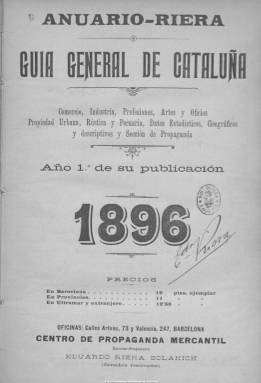
Título: Anuario-Riera : guía general de Cataluña
Otros títulos: Anuario Riera
Colección: Guías y directorios || Economía
Ámbito geográfico: Barcelona
Lugar de publicación: Barcelona
Fechas: 01/01/1896-31/12/1908

Comienza su publicación en 1896 como “guía general de Cataluña” con miles de datos del comercio, la industria, las artes y oficios, sobre la propiedad urbana, rústica y pecuaria, información estadística, geográfica y descriptiva y una amplia sección de publicidad, siendo su director Eduardo Riera Solanich, propietario también del Centro de Propaganda Mercantil. Se trata de un índice-directorio similar al Anuario…, de Bailly-Ballière, que, desde 1879, se editaba en Madrid para toda España. A partir de 1901, el del barcelonés Riera también se convertirá de ámbito nacional como “gruía práctica de industria y comercio de España, y en 1911 se fundirá con el de Bailly-Ballière para formar el Anuario general de España, que será editado por la Sociedad Anónima Anuarios Bailly-Baillière y Riera Reunidos, con sede en Barcelona, y estará publicándose hasta 1978.

Los primeros anuarios de Riera, pues, están dedicados solamente a Cataluña, ofreciendo la información de forma alfabética, por provincias, partidos judiciales, poblaciones y apellidos y nombres de personas, sociedades, comercios, industrias, entidades privadas y públicas, actividad profesional, oficios, etc., con indicación de domicilio, en volúmenes en torno a las 1.300 páginas, y con índices de anunciantes, geográfico y general, al final. También incorpora, al principio, una explicación de los signos y abreviaturas utilizados.

A partir de 1901 comprenderá todas las capitales de provincia españolas, las cabezas de partido judicial y sus pueblos más importantes, con más de medio millón de señas. Y junto a los datos que venía ofreciendo, aumentará las descripciones históricas, y dará cuenta de otros, como los censos de población, ferrocarriles, carreteras y servicios de carruajes, correos y telégrafos, aguas medicinas o balnearios, y añadirá una sección extranjera; más adelante ofrece también los aranceles de aduanas. Su volumen aumentará hasta superar las 2.500 páginas, de variados colores y tonalidades para hacerlo manejable.

Este tipo de anuarios, almanaques o guías suponen una foto fija de la actividad económica, profesional, artesanal, sectorial, administrativa, institucional y cultural de las localidades, poblaciones y ciudades españolas en cada año. Al comienzo de cada anuario también da cuenta de las personas que integraban las instituciones del Estado. Asimismo ofrece numerosísimas inserciones publicitarias, acompañadas muchas veces de grabados de las marcas o imágenes identificativas de las compañías, empresas, comercios o negocios, o de los objetos, productos, maquinaria o servicios que ofrecían.

La información procedía de una vasta red de corresponsales, como secretarios de ayuntamientos, maestros, libreros, impresores, directores de periódicos, agentes de negocios, etc., alcanzado el Anuario en su época un destacado éxito comercial, y siendo hoy una fuente básica para el conocimiento de las actividades comerciales, industriales o institucionales de los pueblos de España; y sus anuncios comerciales elementos también básicos para el estudio de la publicidad. El Anuario-Riera recibió medallas en las exposiciones de Arcachon (1897), París (1900) y Lyon (1903).

En la colección digital de la BNE, los dos primeros anuarios están divididos en varias partes, y a partir de 1904 en los dos tomos originales que integran cada anualidad, con más de 2.300 páginas cada uno, y con más de un millón de datos. Faltan en la colección los años 1900, 1906-1907 y 1909-1911. Véase también los otros títulos citados aquí.